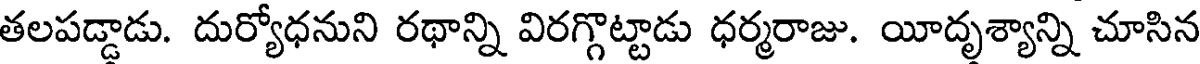
తలపడ్డాడు. దుర్యోధనుని రథాన్ని విరగ్గొట్టాడు ధర్మరాజు. యీదృశ్యాన్ని చూసిన